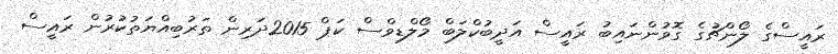
ރައީސްގެ ލޯންޗުގެ ގޮވުންނައިބު ރައީސް އަދީބުކްލަބް މޯލްޑިވްސް ކަޕް 2015ދަރިން ތަރުބިއްޔަތުކުރުން ރައީސް